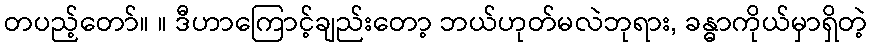
တပည့်တော်။ ။ ဒီဟာကြောင့်ချည်းတော့ ဘယ်ဟုတ်မလဲဘုရား, ခန္ဓာကိုယ်မှာရှိတဲ့